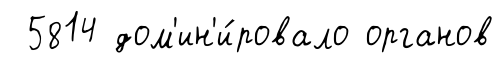
5814 дом'ин'и́ровало органов